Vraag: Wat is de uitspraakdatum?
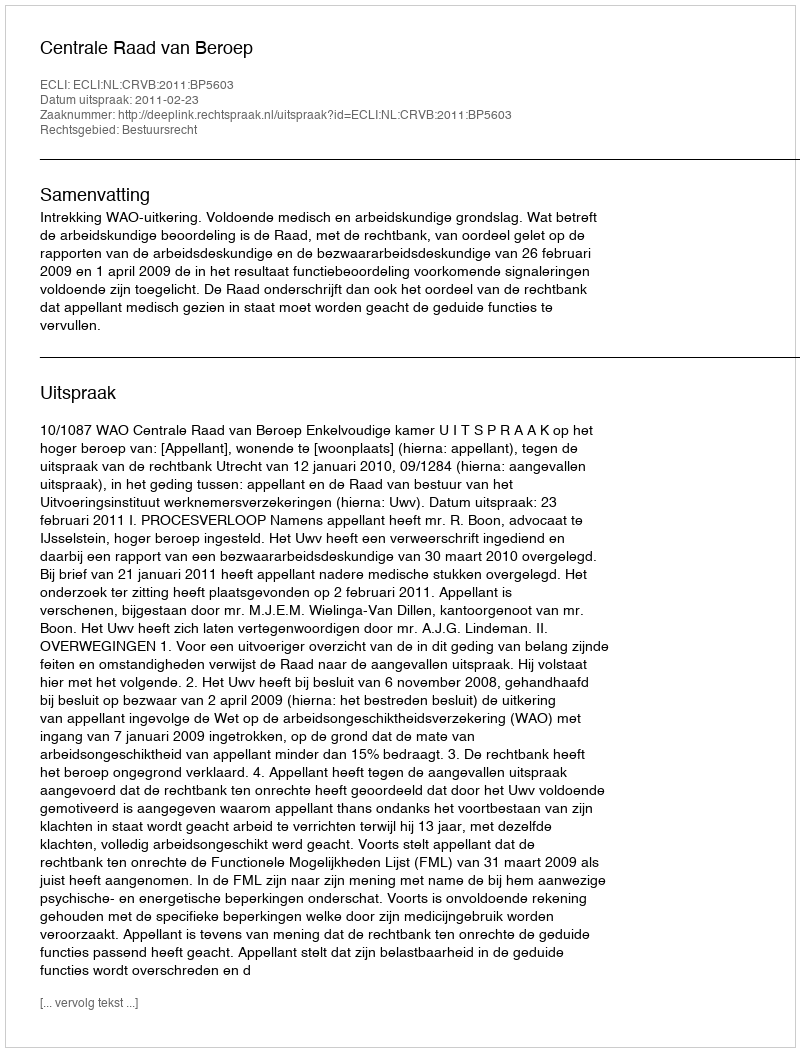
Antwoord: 2011-02-23